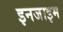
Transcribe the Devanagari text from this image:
इनजाइम